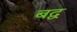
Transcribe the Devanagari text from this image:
बद्व